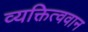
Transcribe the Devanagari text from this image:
व्यक्तित्ववान